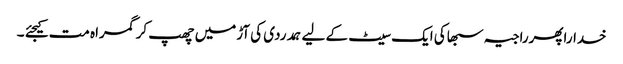
خداراپھرراجیہ سبھاکی ایک سیٹ کے لیے ہمدردی کی آڑمیں چھپ کر گمراہ مت کیجئے ۔